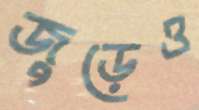
জুড়েও